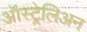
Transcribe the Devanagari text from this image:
ऑस्ट्रेलिअन